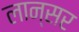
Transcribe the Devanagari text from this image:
लान्सर